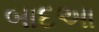
બાદઆ